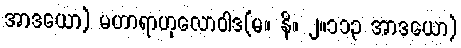
အာဒယော) မဟာရာဟုလောဝါဒ(မ။ နိ။ ၂။၁၁၃ အာဒယော)